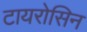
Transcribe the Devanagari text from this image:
टायरोसिन